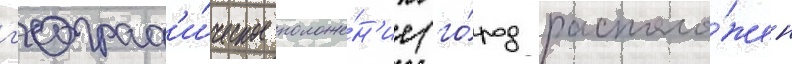
г'еограф'и́ческое положе́н'ие (го́род располо́жен